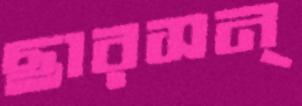
ছারসন্